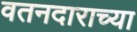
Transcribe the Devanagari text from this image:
वतनदाराच्या